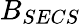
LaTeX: B_{SECS}